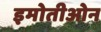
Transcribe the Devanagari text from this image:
इमोतीओन